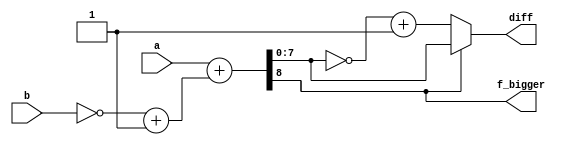
module comparator8bit (
    input signed  [7:0] a,
    input signed [7:0] b,
    output f_bigger,
    output signed [7:0] diff 
);

wire [8:0] temp;

wire [7:0] complement_b;

assign complement_b = ~b +1'b1;

assign temp  = a +complement_b;

assign f_bigger = temp[8];

assign diff = temp[8] ?  temp[7:0] : (~temp[7:0]+1'b1);


    
endmodule